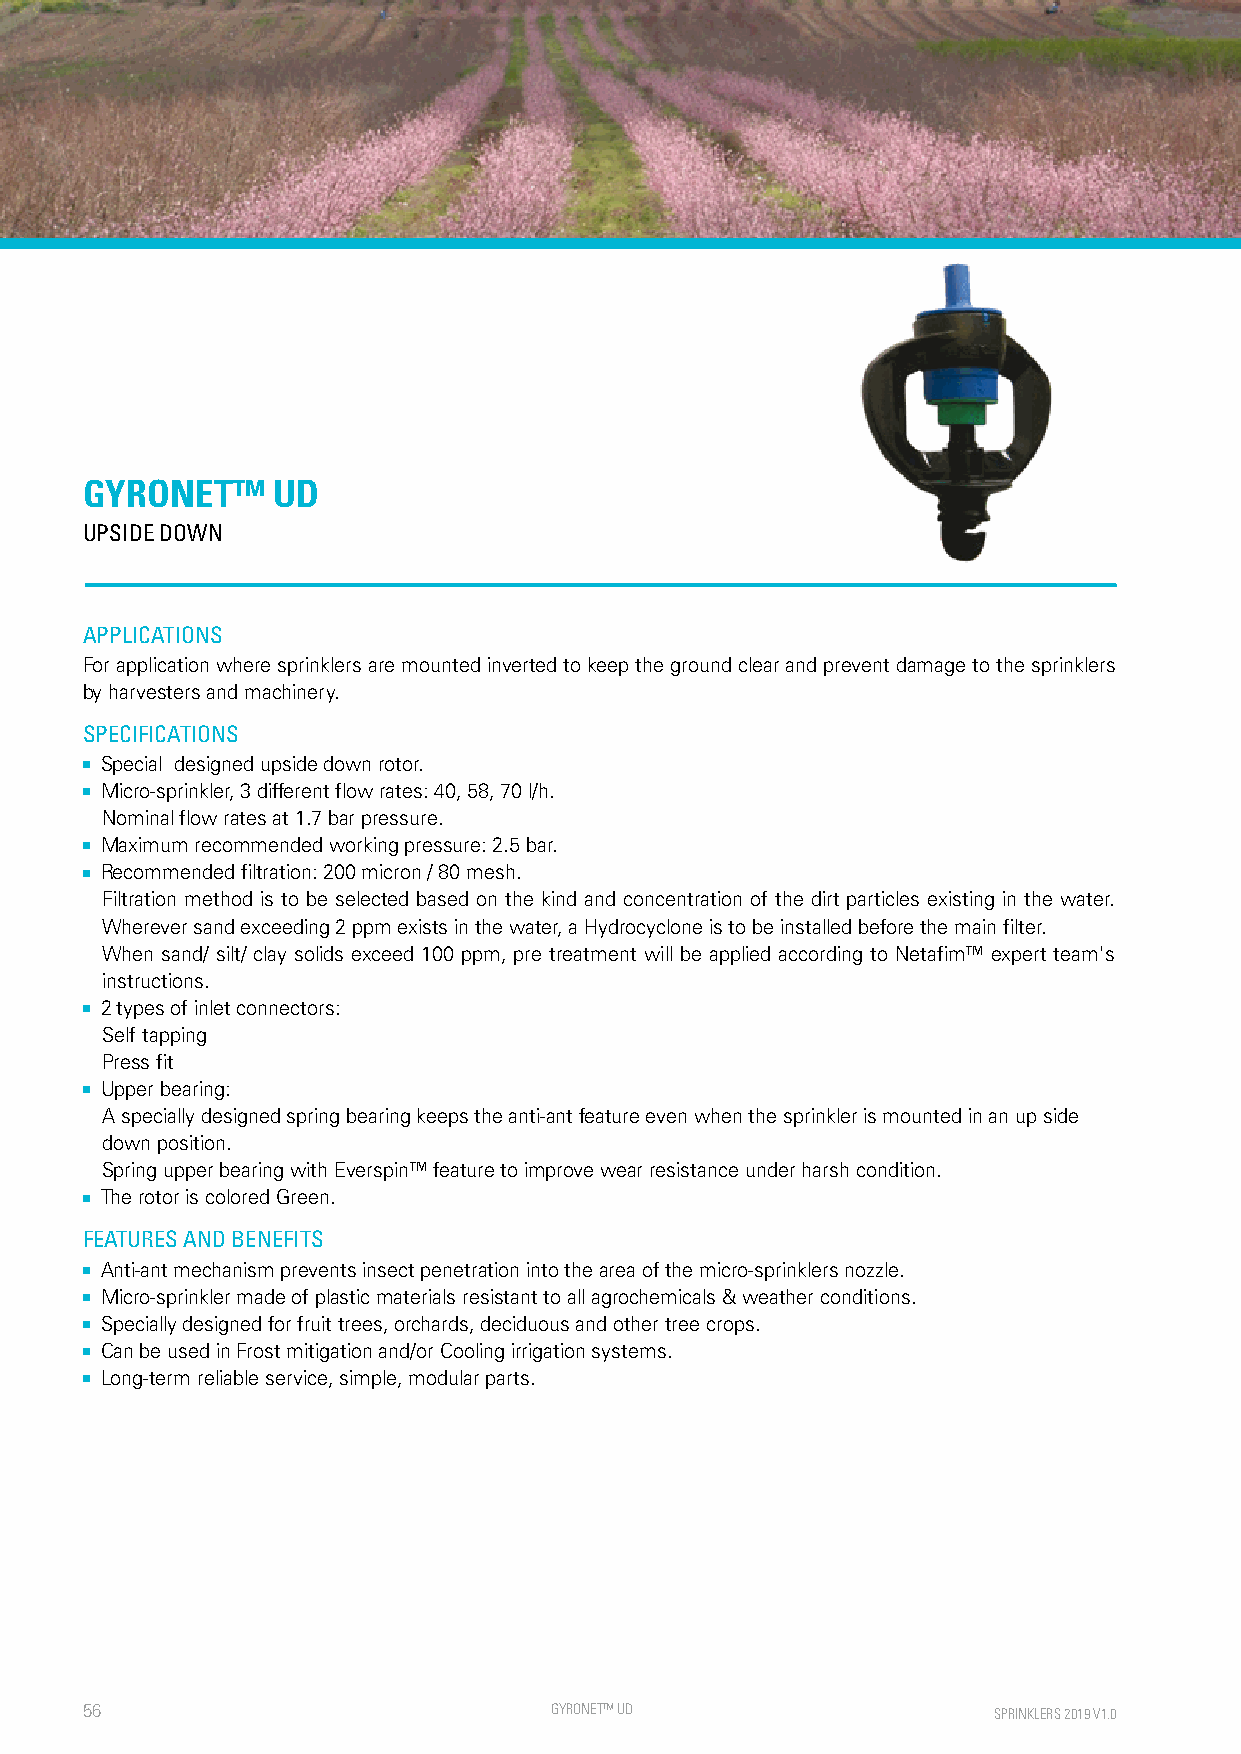
GYRONET™     UD
 UPSIDE DOWN
 APPLICATIONS
 For application where sprinklers are mounted inverted to keep the ground clear and prevent damage to the sprinklers
 by harvesters and machinery.
 SPECIFICATIONS
 ■ Special designed upside down rotor.
 ■ Micro-sprinkler, 3 different flow rates: 40, 58, 70 l/h.
 Nominal flow rates at 1.7 bar pressure.
 ■ Maximum recommended working pressure: 2.5 bar.
 ■ Recommended filtration: 200 micron / 80 mesh.
 Filtration method is to be selected based on the kind and concentration of the dirt particles existing in the water.
 Wherever sand exceeding 2 ppm exists in the water, a Hydrocyclone is to be installed before the main filter.
 When sand/ silt/ clay solids exceed 100 ppm, pre treatment will be applied according to Netafim™ expert team's
 instructions.
 ■ 2 types of inlet connectors:
 Self tapping
 Press fit
 ■ Upper bearing:
 A specially designed spring bearing keeps the anti-ant feature even when the sprinkler is mounted in an up side
 down position.
 Spring upper bearing with Everspin™ feature to improve wear resistance under harsh condition.
 ■ The rotor is colored Green.
 FEATURES AND BENEFITS
 ■ Anti-ant mechanism prevents insect penetration into the area of the micro-sprinklers nozzle.
 ■ Micro-sprinkler made of plastic materials resistant to all agrochemicals & weather conditions.
 ■ Specially designed for fruit trees, orchards, deciduous and other tree crops.
 ■ Can be used in Frost mitigation and/or Cooling irrigation systems.
 ■ Long-term reliable service, simple, modular parts.
 56                             GYRONE T™ UD                  SPRINKLERS 2019 V1.0